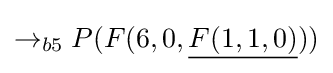
\rightarrow _{b5}P(F(6,0,{\underline {F(1,1,0)}}))